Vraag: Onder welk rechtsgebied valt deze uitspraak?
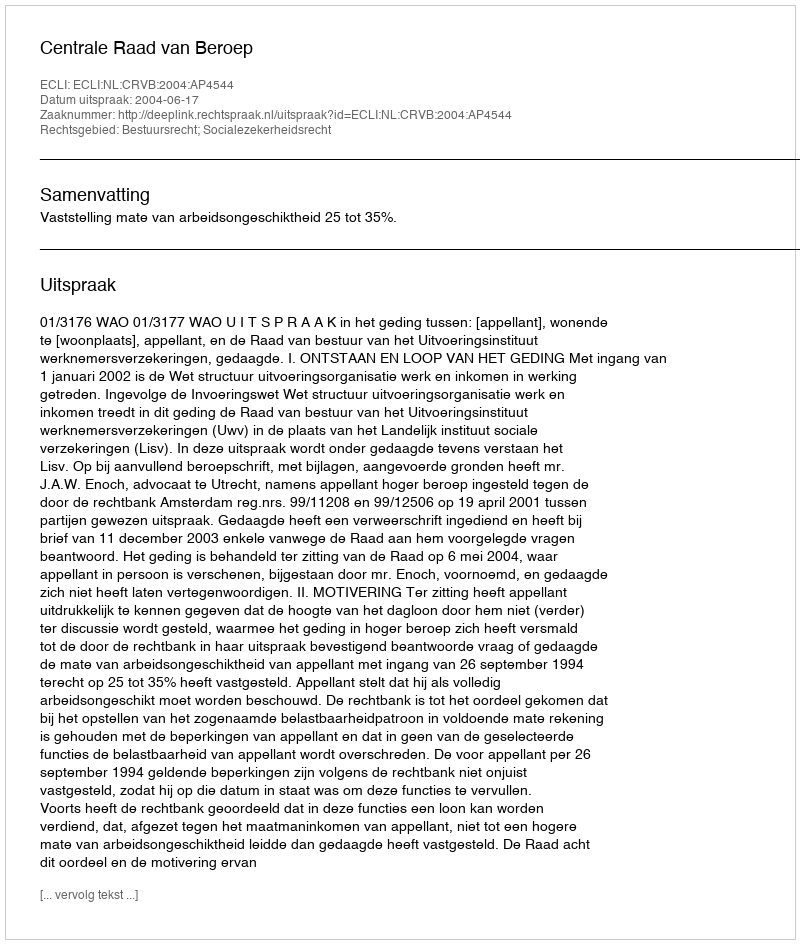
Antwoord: Bestuursrecht; Socialezekerheidsrecht